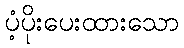
ပံ့ပိုးပေးထားသော